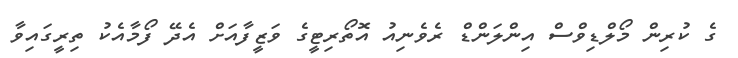
ގެ ކުރިން މޯލްޑިވްސް އިންލަންޑް ރެވެނިއު އޮތޯރިޓީގެ ވަޒީފާއަށް އެދޭ ފޯމާއެކު ތިރީގައިވާ